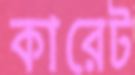
কারেট